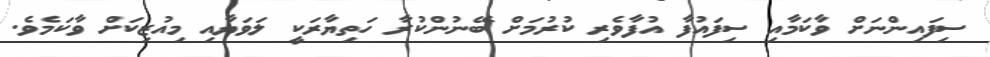
ސިފައިންނަށް ވާކަމާއި ސިފައުފާ އުފާވެރި ކުރުމަށް ބޭނުންކުރާ ހަތިޔާރަކީ ލަވަޔާއި މިއުޒިކަށް ވާކަމެވެ.